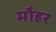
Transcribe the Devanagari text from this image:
मौहर